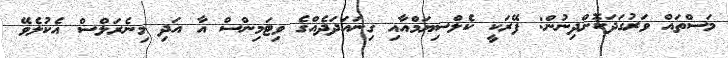
މަސްތައް ވަރުގަދަކޮށްދިނުން: ފޭރަކީ ކެލްސިޔަމްއާއި ގިނައަދަދެއްގެ ވިޓަމިންސް އާ އަދި މިނެރަލްސް އެކުލެވޭ